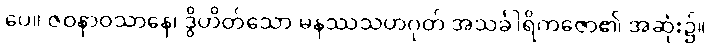
ပေ။ ဇဝနာဝသာနေ၊ ဒွိဟိတ်သော မနဿသဟဂုတ် အသင်္ခါရိကဇော၏ အဆုံး၌။